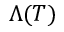
\Lambda ( T )